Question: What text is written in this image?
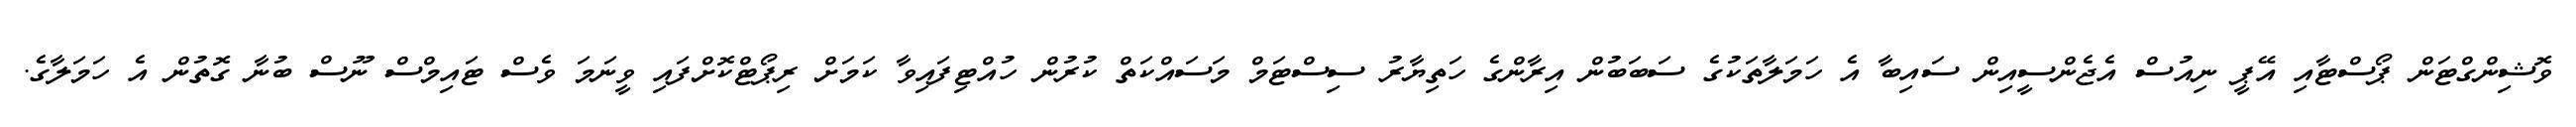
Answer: ވޮޝިންގްޓަން ޕޯސްޓާއި އޭޕީ ނިއުސް އެޖެންސީއިން ސައިބާ އެ ހަމަލާތަކުގެ ސަބަބުން އިރާންގެ ހަތިޔާރު ސިސްޓަމް މަސައްކަތް ކުރުން ހުއްޓިފައިވާ ކަމަށް ރިޕޯޓްކޮށްފައި ވީނަމަ ވެސް ޓައިމްސް ނޫސް ބުނާ ގޮތުން އެ ހަމަލާގެ.